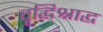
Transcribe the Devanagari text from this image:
वृद्धिश्राद्ध